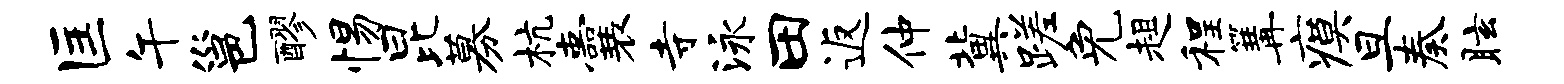
匡午邕醪惕昆募杭囊寺泳田返仲冀蹉免趄程篝瘼旦奏眩